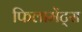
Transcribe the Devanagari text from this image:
फिलामेंट्स